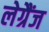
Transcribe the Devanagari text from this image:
लेग्रैंज